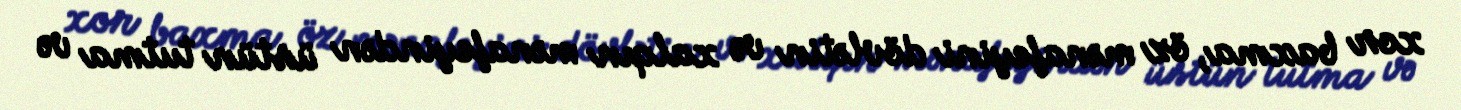
xor baxma, öz mənafeyini dövlətin və xalqın mənafeyindən üstün tutma və